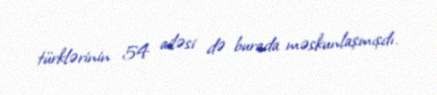
türklərinin 54 ailəsi də burada məskunlaşmışdı.